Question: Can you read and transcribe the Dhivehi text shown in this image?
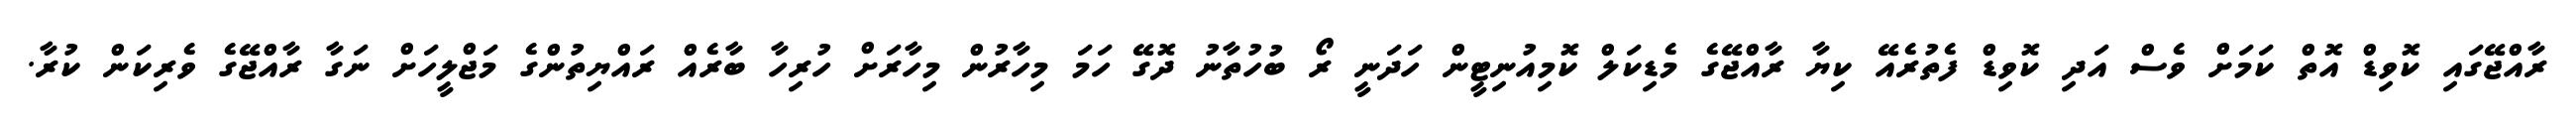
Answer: ރާއްޖޭގައި ކޮވިޑް އޮތް ކަމަށް ވެސް އަދި ކޮވިޑް ފެތުރެއޭ ކިޔާ ރާއްޖޭގެ މެޑިކަލް ކޮމިއުނިޓީން ހަދަނީ ރޯ ބުހުތާނު ދޮގޭ ހަމަ މިހާރުން މިހާރަށް ހުރިހާ ބާރެއް ރައްޔިތުންގެ މަޖްލީހަށް ނަގާ ރާއްޖޭގެ ވެރިކަން ކުރާ.